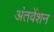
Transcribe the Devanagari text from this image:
अंतवेंशन